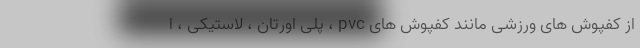
از کفپوش های ورزشی مانند کفپوش های pvc ، پلی اورتان ، لاستیکی ، ا